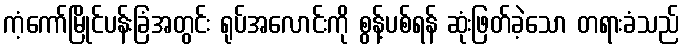
ကံ့ကော်မြိုင်ပန်းခြံအတွင်း ရုပ်အလောင်းကို စွန့်ပစ်ရန် ဆုံးဖြတ်ခဲ့သော တရားခံသည်